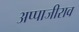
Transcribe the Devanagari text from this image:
अप्पाजीराव